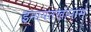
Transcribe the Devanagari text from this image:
इनायतखानास